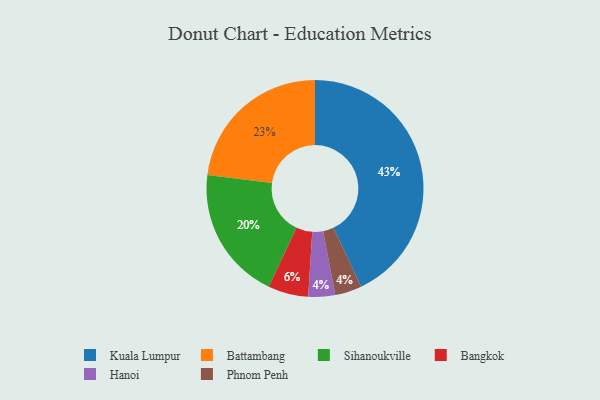
{"axis": {"x": "Category", "y": "Percentage"}, "legend": ["Bangkok", "Battambang", "Hanoi", "Kuala Lumpur", "Phnom Penh", "Sihanoukville"], "data": [{"x": "Battambang", "y": 23, "type": "Battambang"}, {"x": "Sihanoukville", "y": 20, "type": "Sihanoukville"}, {"x": "Hanoi", "y": 4, "type": "Hanoi"}, {"x": "Phnom Penh", "y": 4, "type": "Phnom Penh"}, {"x": "Kuala Lumpur", "y": 43, "type": "Kuala Lumpur"}, {"x": "Bangkok", "y": 6, "type": "Bangkok"}]}